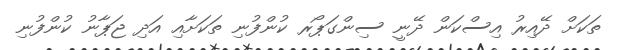
ތަކަށް ދޭއިރު އިސްކަން ދޭނީ ސިންގަޕޯރ ކުންފުނި ތަކަށާއި އަދި ޖަޕާނު ކުންފުނި